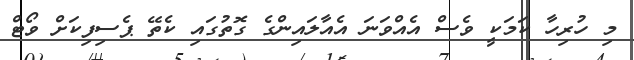
މި ހުރިހާ ކަމަކީ ވެސް އެއްވަނަ އެއާލައިންގެ ގޮތުގައި ކެތޭ ޕެސިފިކަށް ވޯޓް